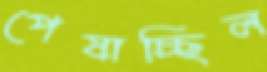
পেষাচ্ছিল